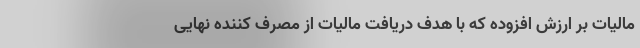
مالیات بر ارزش افزوده که با هدف دریافت مالیات از مصرف کننده نهایی